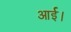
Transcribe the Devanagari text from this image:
आर्ई।